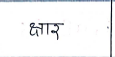
मजकूर: क्षार